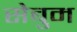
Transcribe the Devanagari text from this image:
सेबुम